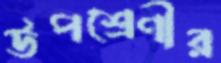
উপশ্রেণীর